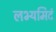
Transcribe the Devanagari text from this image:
लभ्यमिदं